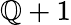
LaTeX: \mathbb{Q}+1